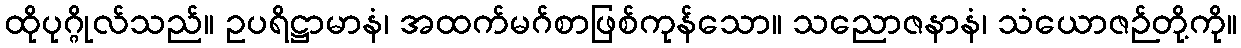
ထိုပုဂ္ဂိုလ်သည်။ ဥပရိဋ္ဌာမာနံ၊ အထက်မဂ်စာဖြစ်ကုန်သော။ သညောဇနာနံ၊ သံယောဇဉ်တို့ကို။